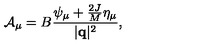
{ \cal A } _ { \mu } = B { \frac { \psi _ { \mu } + { \frac { 2 J } { M } } \eta _ { \mu } } { | { \bf q } | ^ { 2 } } } ,